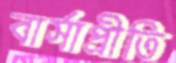
বার্সাপ্রীতি